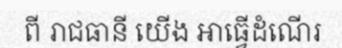
ពី រាជធានី យើង អាធ្វើដំណើរ